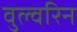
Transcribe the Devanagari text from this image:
वुल्वरिन